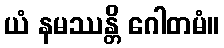
ယံ နမဿန္တိ ဂေါတမံ။